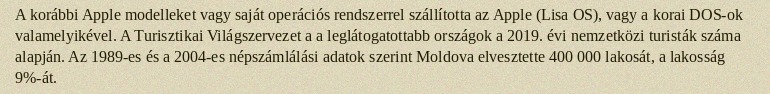
A korábbi Apple modelleket vagy saját operációs rendszerrel szállította az Apple (Lisa OS), vagy a korai DOS-ok valamelyikével. A Turisztikai Világszervezet a a leglátogatottabb országok a 2019. évi nemzetközi turisták száma alapján. Az 1989-es és a 2004-es népszámlálási adatok szerint Moldova elvesztette 400 000 lakosát, a lakosság 9%-át.